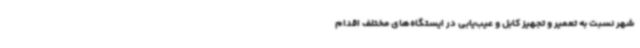
شهر نسبت به تعمیر و تجهیز کابل و عیب‌یابی در ایستگاه‌های مختلف اقدام